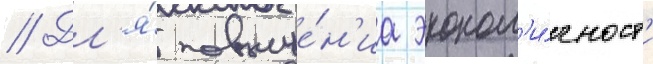
// Дл'я́ повыше́н'иа эконом'и́чност'и